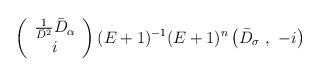
LaTeX: \begin{align*}\left(\begin{array}{c}\frac{1}{\bar{D}^2}\bar{D}_\alpha \\ i \end{array}\right)(E+1)^{-1}(E+1)^n\left(\bar{D}_\sigma\ ,\ -i\right)\end{align*}